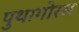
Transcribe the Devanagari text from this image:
पुथागोरस